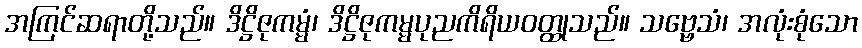
အကြင်ဆရာတို့သည်။ ဒိဋ္ဌိဇုကမ္မံ၊ ဒိဋ္ဌိဇုကမ္မပုညကိရိယဝတ္ထုသည်။ သဗ္ဗေသံ၊ အလုံးစုံသော